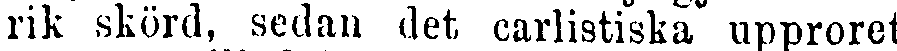
rik skörd, sedan det carlistiska upproret